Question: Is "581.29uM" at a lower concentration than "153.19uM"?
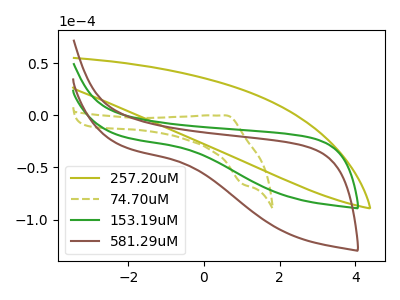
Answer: <think>The olive curve "257.20uM" has no peaks. The olive dashed curve "74.70uM" has an anodic peak at (0.60V, 0.00uA) and a cathodic peak at (1.05V, -66.20uA). The green curve "153.19uM" has no peaks. The brown curve "581.29uM" has no peaks.
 Neither "153.19uM" or "581.29uM" have any peaks.</think>
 <answer>I cant tell if "153.19uM" or "581.29uM" has higher concentration.</answer>
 <eval>mixed_concentration</eval>